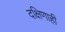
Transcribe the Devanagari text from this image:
दक्षिणाही